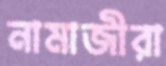
নামাজীরা